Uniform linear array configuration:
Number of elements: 32
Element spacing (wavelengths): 1
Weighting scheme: cosine
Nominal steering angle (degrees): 0
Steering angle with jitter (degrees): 1.74
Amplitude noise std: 0.05
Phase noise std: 0.05

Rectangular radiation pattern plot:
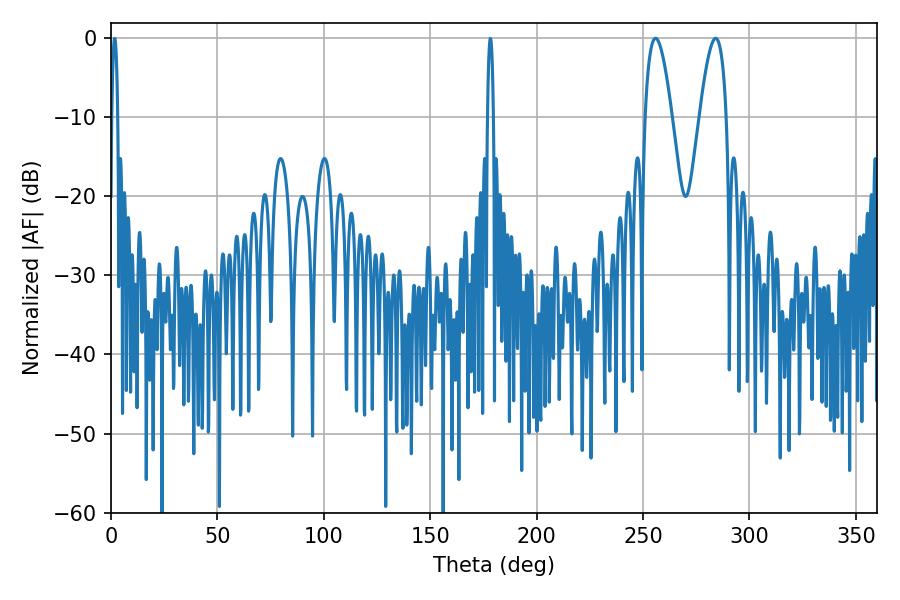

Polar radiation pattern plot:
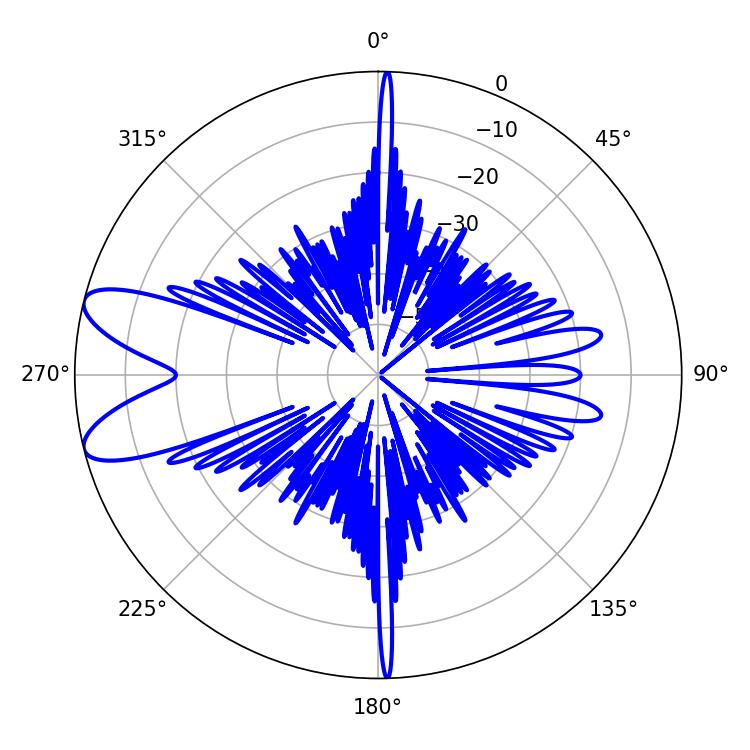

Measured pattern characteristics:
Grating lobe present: TRUE
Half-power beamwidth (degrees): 6.84
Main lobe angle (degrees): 255.96